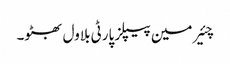
چئیرمین پیپلز پارٹی بلاول بھٹو۔